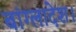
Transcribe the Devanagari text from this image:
बांग्‍लादेश।